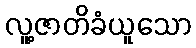
လူ့ဇာတိခံယူသော